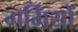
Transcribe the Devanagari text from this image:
गर्मिंयों